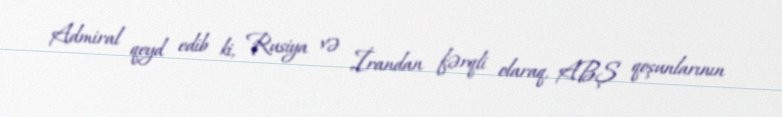
Admiral qeyd edib ki, Rusiya və İrandan fərqli olaraq, ABŞ qoşunlarının